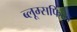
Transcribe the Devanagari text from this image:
ब्लूम्सफिल्ड